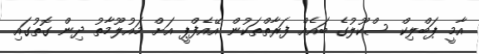
އާމީ ޕަބްލިކް ސްކޫލުގެ ބައެއް ފަރާތްތަކުން އޭއެފްޕީ އަށް މައުލޫމާތު ދިން ގޮތުގައި